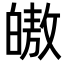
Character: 𭽠